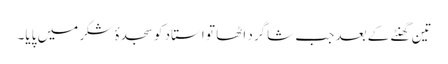
تین گھنٹے کے بعد جب شاگرد اٹھا تو استاد کو سجدۂ شکر میں پایا۔